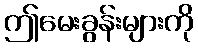
ဤမေးခွန်းများကို